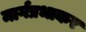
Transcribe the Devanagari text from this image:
मार्गप्रभाकर